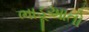
ભાડૂઆતો